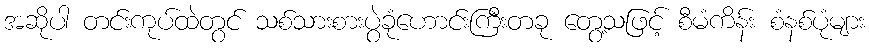
အဆိုပါ တင်းကုပ်ထဲတွင် သစ်သားစားပွဲခုံဟောင်းကြီးတခု တွေ့သဖြင့် စီမံကိန်း စံနစ်ပုံများ